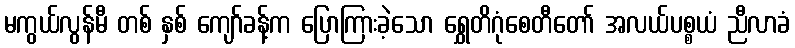
မကွယ်လွန်မီ တစ် နှစ် ကျော်ခန့်က ပြောကြားခဲ့သော ရွှေတိဂုံစေတီတော် အလယ်ပစ္စယံ ညီလာခံ